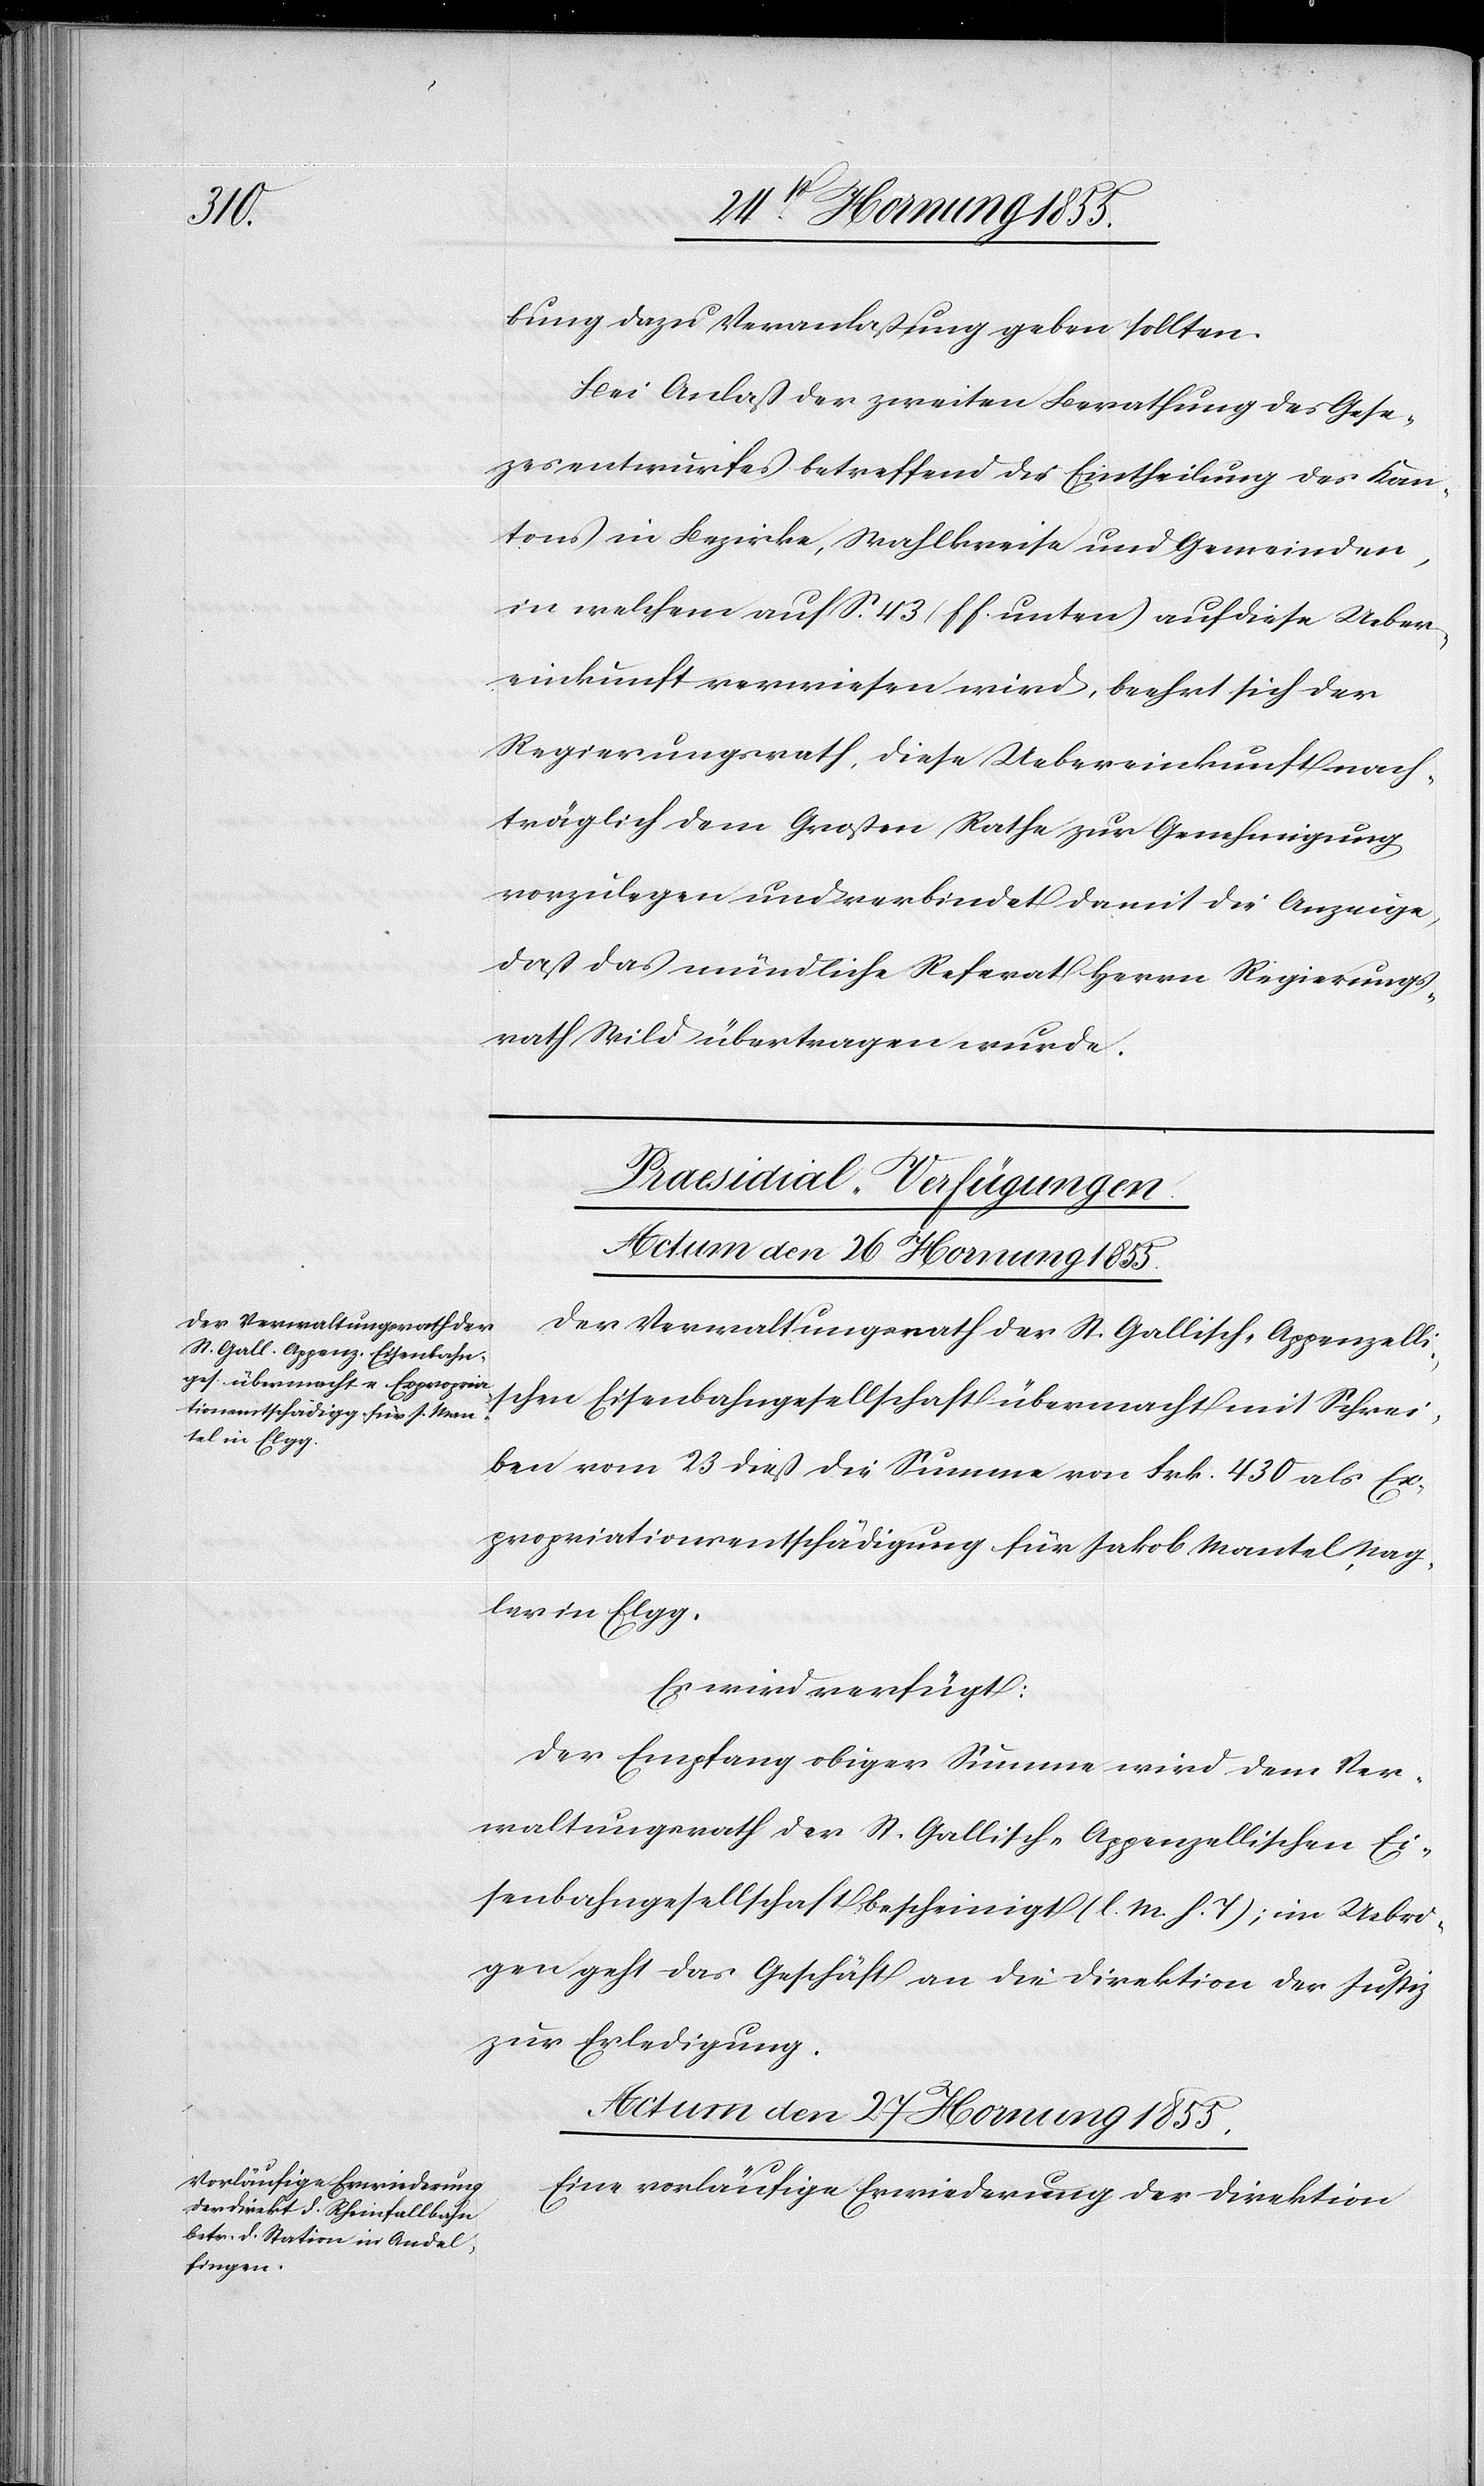
bung dazu Veranlaßung geben sollten.
Bei Anlaß der zweiten Berathung des Gese[t]z¬
esentwurfes betreffend die Eintheilung des Kan¬
tons in Bezirke, Wahlkreise und Gemeinden,
in welchem auf S. 43 (ff. unten) auf diese Ueber¬
einkunft verwiesen wird, beehrt sich der
Regierungsrath, diese Uebereinkunft nach¬
träglich dem Großen Rathe zur Genehmigung
vorzulegen und verbindet damit die Anzeige,
daß das mündliche Referat Herrn Regierungs¬
rath Wild übertragen wurde.
[Praesidial-Verfügungen.]
Actum den 26 Hornung 1855.
Der Verwaltungsrath der St. Gallisch-Appenzelli¬
schen Eisenbahngesellschaft übermacht mit Schrei¬
ben vom 23 dieß die Summe von Frk. 430 als Ex¬
propriationsentschädigung für Jakob Mantel, Nag¬
ler in Elgg.
Es wird verfügt:
Der Empfang obiger Summe wird dem Ver¬
waltungsrath der St. Gallisch-Appenzellischen Ei¬
senbahngesellschaft bescheinigt. (l. M. h. T); im Uebri¬
gen geht das Geschäft an die Direktion der Justiz
zur Erledigung.
Actum den 27 Hornung 1855.
Eine vorläufige Erwiederung der Direktion